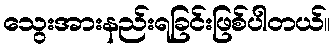
သွေးအားနည်းရခြင်းဖြစ်ပါတယ်။